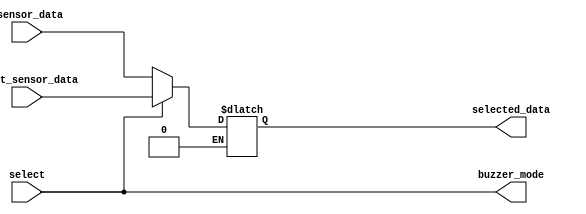
// selects whether to output data from gsensor or light sensor to the hex displays and buzzer

module display_alarm_multiplexer(
	input [15:0] light_sensor_data,
	input [15:0] gsensor_data,
	input  select,
	output reg [15:0] selected_data,
	output buzzer_mode
	);
	
	always@(select)
	begin
		if(select == 1'b0)
		begin
			selected_data = gsensor_data;
		end
		if(select == 1'b1)
		begin
			selected_data = light_sensor_data;
		end
	end

assign buzzer_mode = select;	
	
endmodule